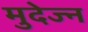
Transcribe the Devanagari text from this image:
मुदेज्न